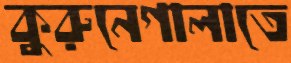
কুরুনেগালাতে